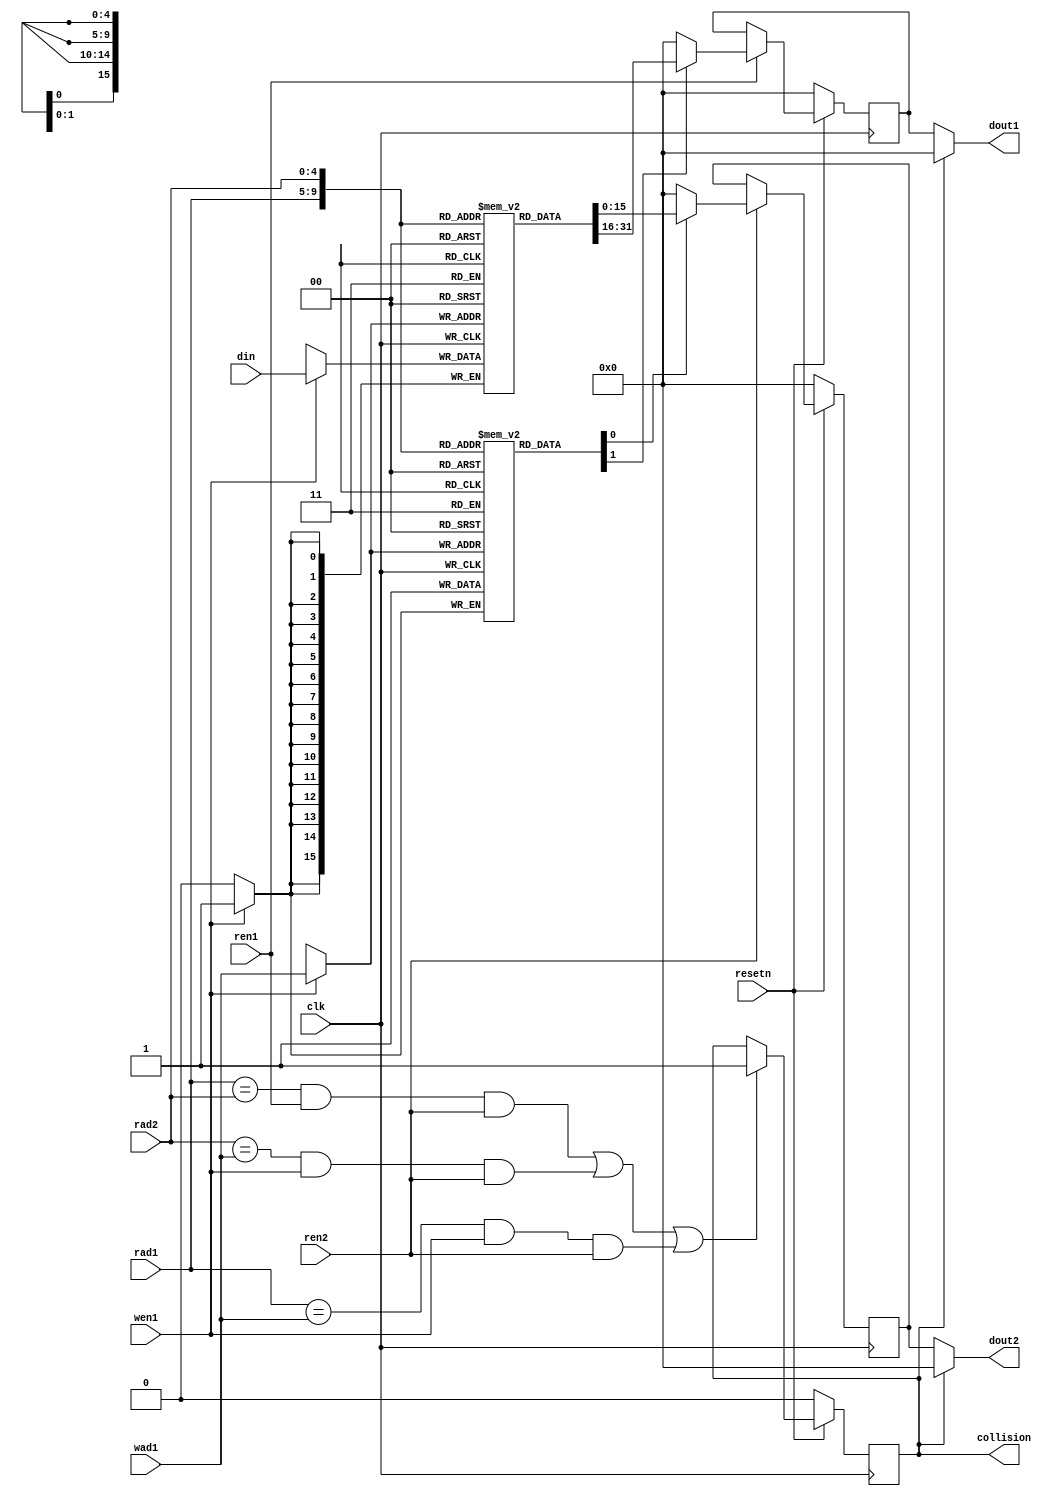
module register_controller #(parameter 
    DATA_WIDTH = 16
) (
    input [DATA_WIDTH-1:0] din,
    input [4:0] wad1,
    input [4:0] rad1, rad2,
    input wen1, ren1, ren2,
    input clk,
    input resetn,
    output [DATA_WIDTH-1:0] dout1, dout2,
    output reg collision
);
reg [DATA_WIDTH-1:0] reg_file[0:31];
reg access_bit [0:31];
reg [DATA_WIDTH-1:0] dout1_temp, dout2_temp;
wire collision_condition;

assign collision_condition = ((rad1 == rad2) & ren1 & ren2) | ((rad2 == wad1) & wen1 & ren2) | ((rad1 == wad1) & wen1 & ren2);

always @(posedge clk) begin
    if (!resetn)
        dout1_temp <= 0;
    else begin
        if (ren1)begin
            if (access_bit[rad1])
                dout1_temp <= reg_file[rad1];
            else
                dout1_temp <= 0;
        end
    end
end

always @(posedge clk) begin
    if (!resetn)
        dout2_temp <= 0;
    else begin
        if (ren2) begin
            if (access_bit[rad2]) 
                dout2_temp <= reg_file[rad2];
            else
                dout2_temp <= 0;
        end
    end
end

always @(posedge clk) begin
    if (!resetn)
        collision <= 0;
    else if (collision_condition)
            collision <= 1'b 1;
end

always @(posedge clk) begin
    if (wen1) begin
        reg_file[wad1] <= din;
        access_bit[wad1] <= 1'b 1;
    end
end
assign dout1 = (collision) ? 0 : dout1_temp;
assign dout2 = (collision) ? 0 : dout2_temp; 
endmodule